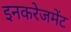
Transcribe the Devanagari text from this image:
इनकरेजमेंट